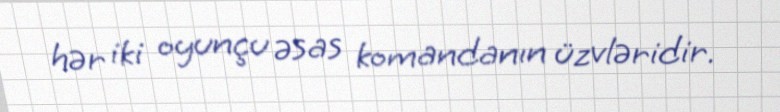
hər iki oyunçu əsas komandanın üzvləridir.